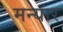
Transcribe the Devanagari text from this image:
मन्यार